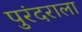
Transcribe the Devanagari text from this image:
पुरंदराला